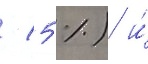
/ 5 %) и́